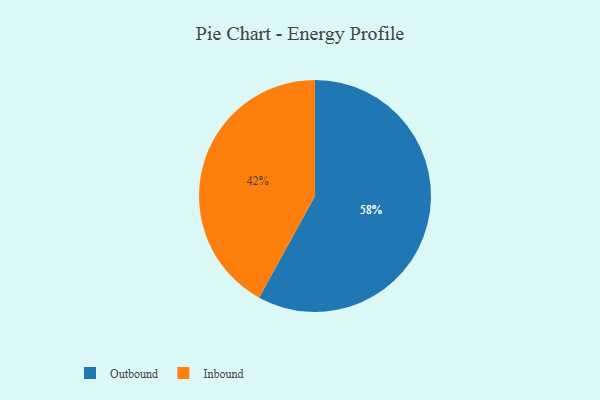
{"axis": {"x": "Category", "y": "Percentage"}, "legend": ["Inbound", "Outbound"], "data": [{"x": "Inbound", "y": 42, "type": "Inbound"}, {"x": "Outbound", "y": 58, "type": "Outbound"}]}